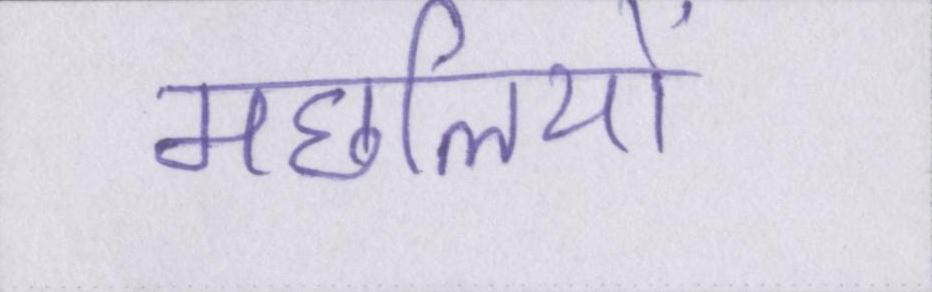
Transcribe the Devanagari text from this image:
मछलियों